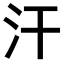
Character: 汗